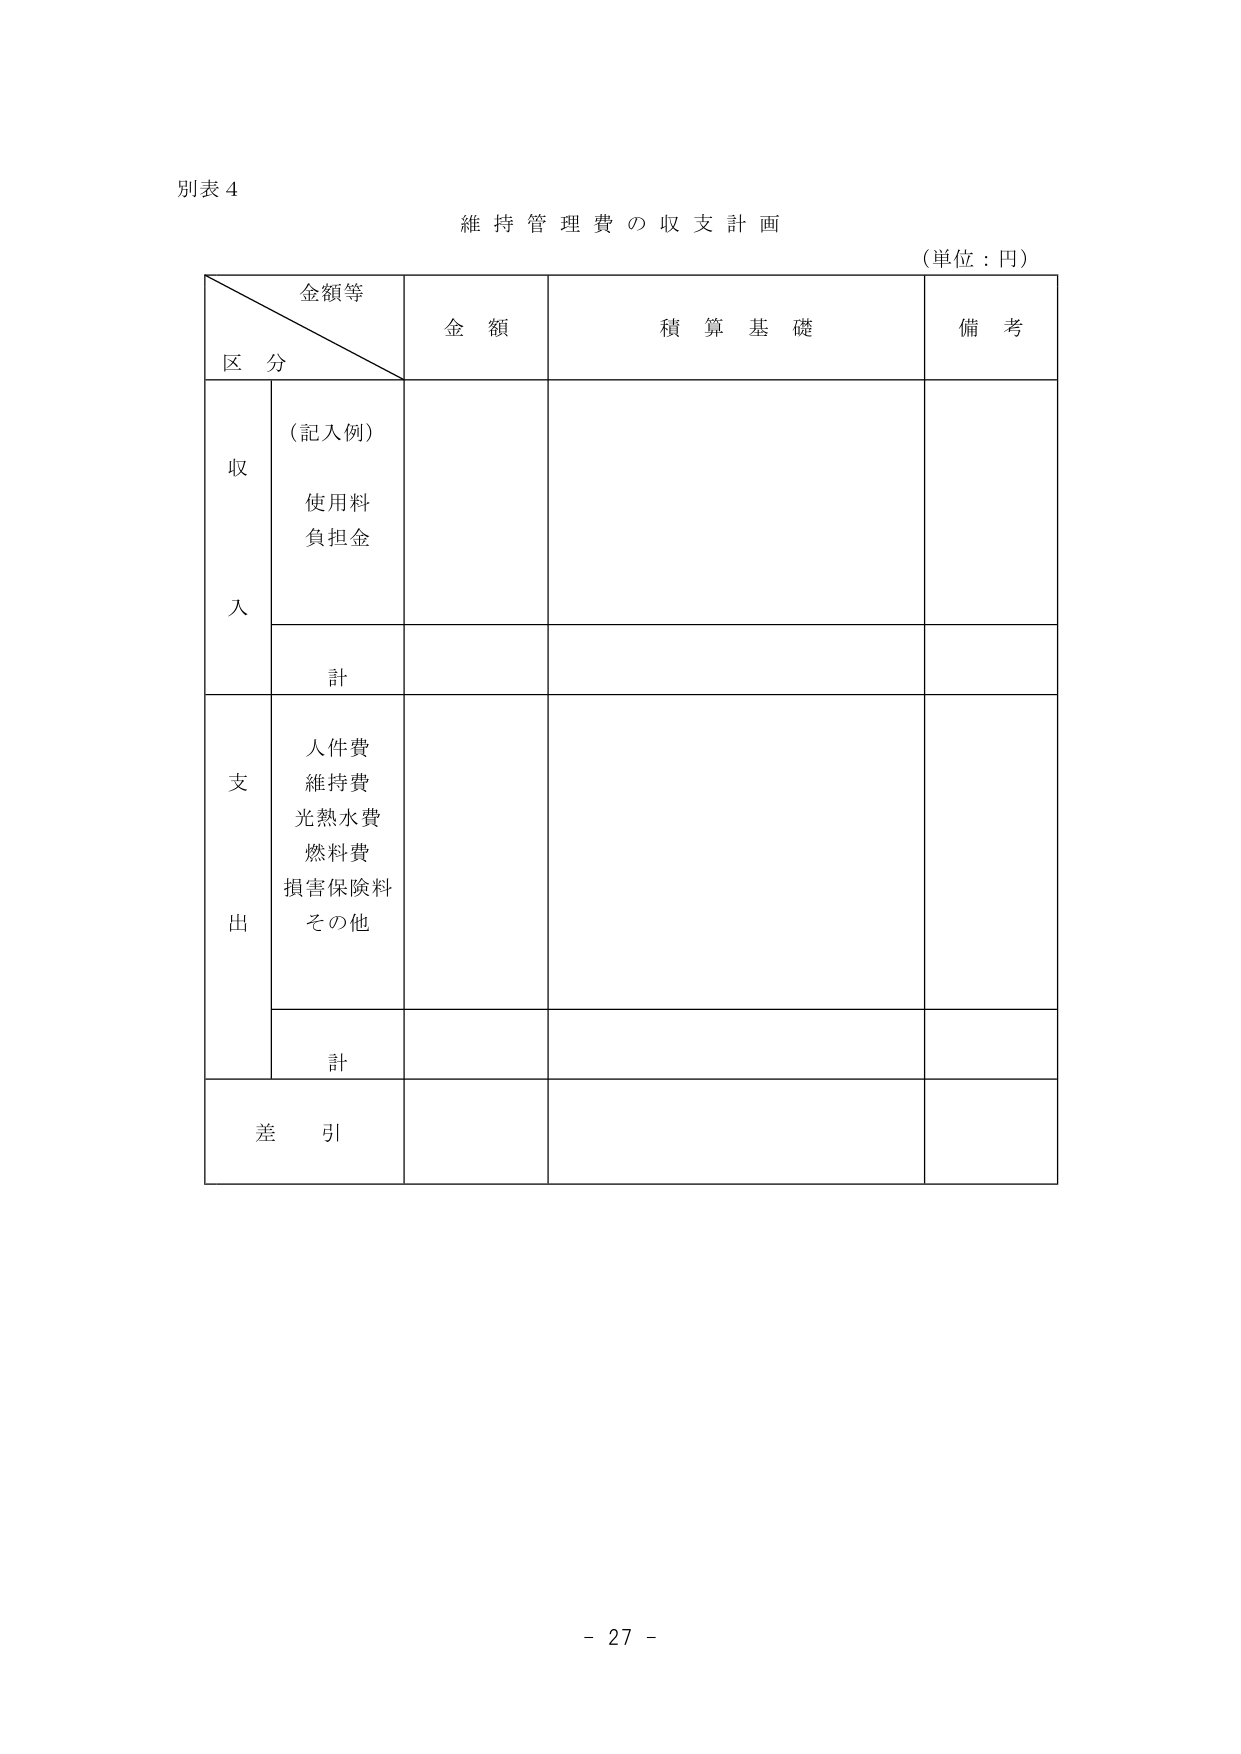
別表４
維持管理費の収支計画
（単位：円）

金額等
区分
金額
積算基礎
備考

収入
（記入例）
使用料
負担金

計

支出
人件費
維持費
光熱水費
燃料費
損害保険料
その他

計

差引

- 27 -